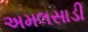
અમલસાડી